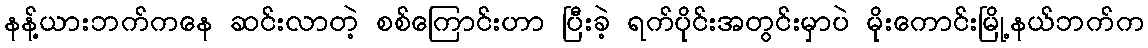
နန့်ယားဘက်ကနေ ဆင်းလာတဲ့ စစ်ကြောင်းဟာ ပြီးခဲ့ ရက်ပိုင်းအတွင်းမှာပဲ မိုးကောင်းမြို့နယ်ဘက်က